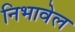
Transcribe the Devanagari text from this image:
निभावेल